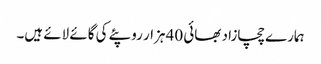
ہمارے چچازاد بھائی 40 ہزار روپئے کی گائے لائے ہیں۔